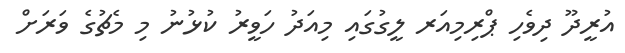
އުރީދޫ ދިވެހި ޕްރިމިއަރ ލީގުގައި މިއަދު ހަވީރު ކުޅުނު މި މެޗުގެ ވަރަށް